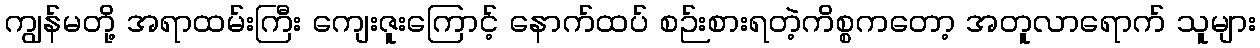
ကျွန်မတို့ အရာထမ်းကြီး ကျေးဇူးကြောင့် နောက်ထပ် စဉ်းစားရတဲ့ကိစ္စကတော့ အတူလာရောက် သူများ